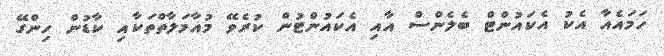
ހަމައެއާ އެކު އެކައުންޓް ބެލެންސް އާއި އެކައުންޓުން ކުރެވޭ މުއާމަލާތްތަކާއި ކާޑުން ހިންގޭ